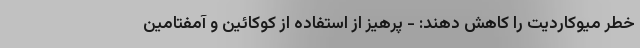
خطر میوکاردیت را کاهش دهند: - پرهیز از استفاده از کوکائین و آمفتامین